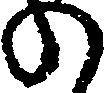
の